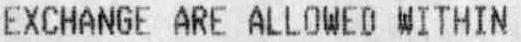
EXCHANGE ARE ALLOWED WITHIN